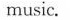
music.